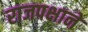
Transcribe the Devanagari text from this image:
राजपक्षाने